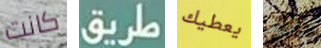
كانت طريق يعطيك يمكن